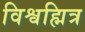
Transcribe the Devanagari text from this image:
विश्वह्मित्र